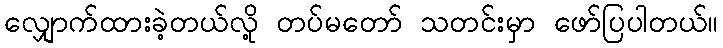
လျှောက်ထားခဲ့တယ်လို့ တပ်မတော် သတင်းမှာ ဖော်ပြပါတယ်။